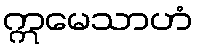
ဣမေသာဟံ